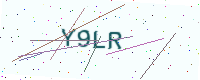
Text: Y9LR